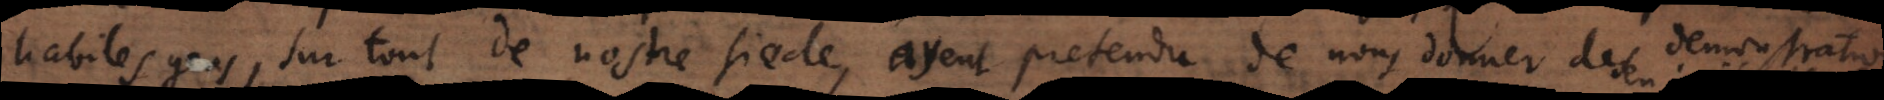
habiles gens, surtout de nostre siecle, ayent pretendu de nous donner des demonstratio